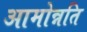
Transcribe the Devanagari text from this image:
आमोन्नति